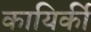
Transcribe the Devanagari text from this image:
कायिर्की